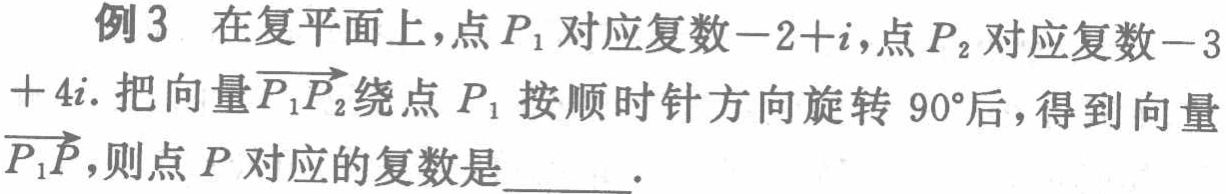
例3 在复平面上，点$P_1$对应复数$-2 + i$，点$P_2$对应复数$-3+4i$. 把向量$\overrightarrow{P_1P_2}$绕点$P_1$按顺时针方向旋转$90^{\circ}$后，得到向量$\overrightarrow{P_1P}$，则点$P$对应的复数是  .